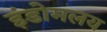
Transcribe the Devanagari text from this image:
इंडोमलय